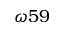
\omega 5 9